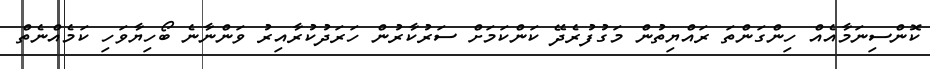
ކޮންސިނަމާއެއް ހިންގަންތަ ރައްޔިތުން މަގުފުރެދޭ ކަންކަމަށް ސަރުކާރުން ހަރަދުކުރާއިރު ވަންނާނެ ބޯހިޔާވަހި ކަމެއްނެތް